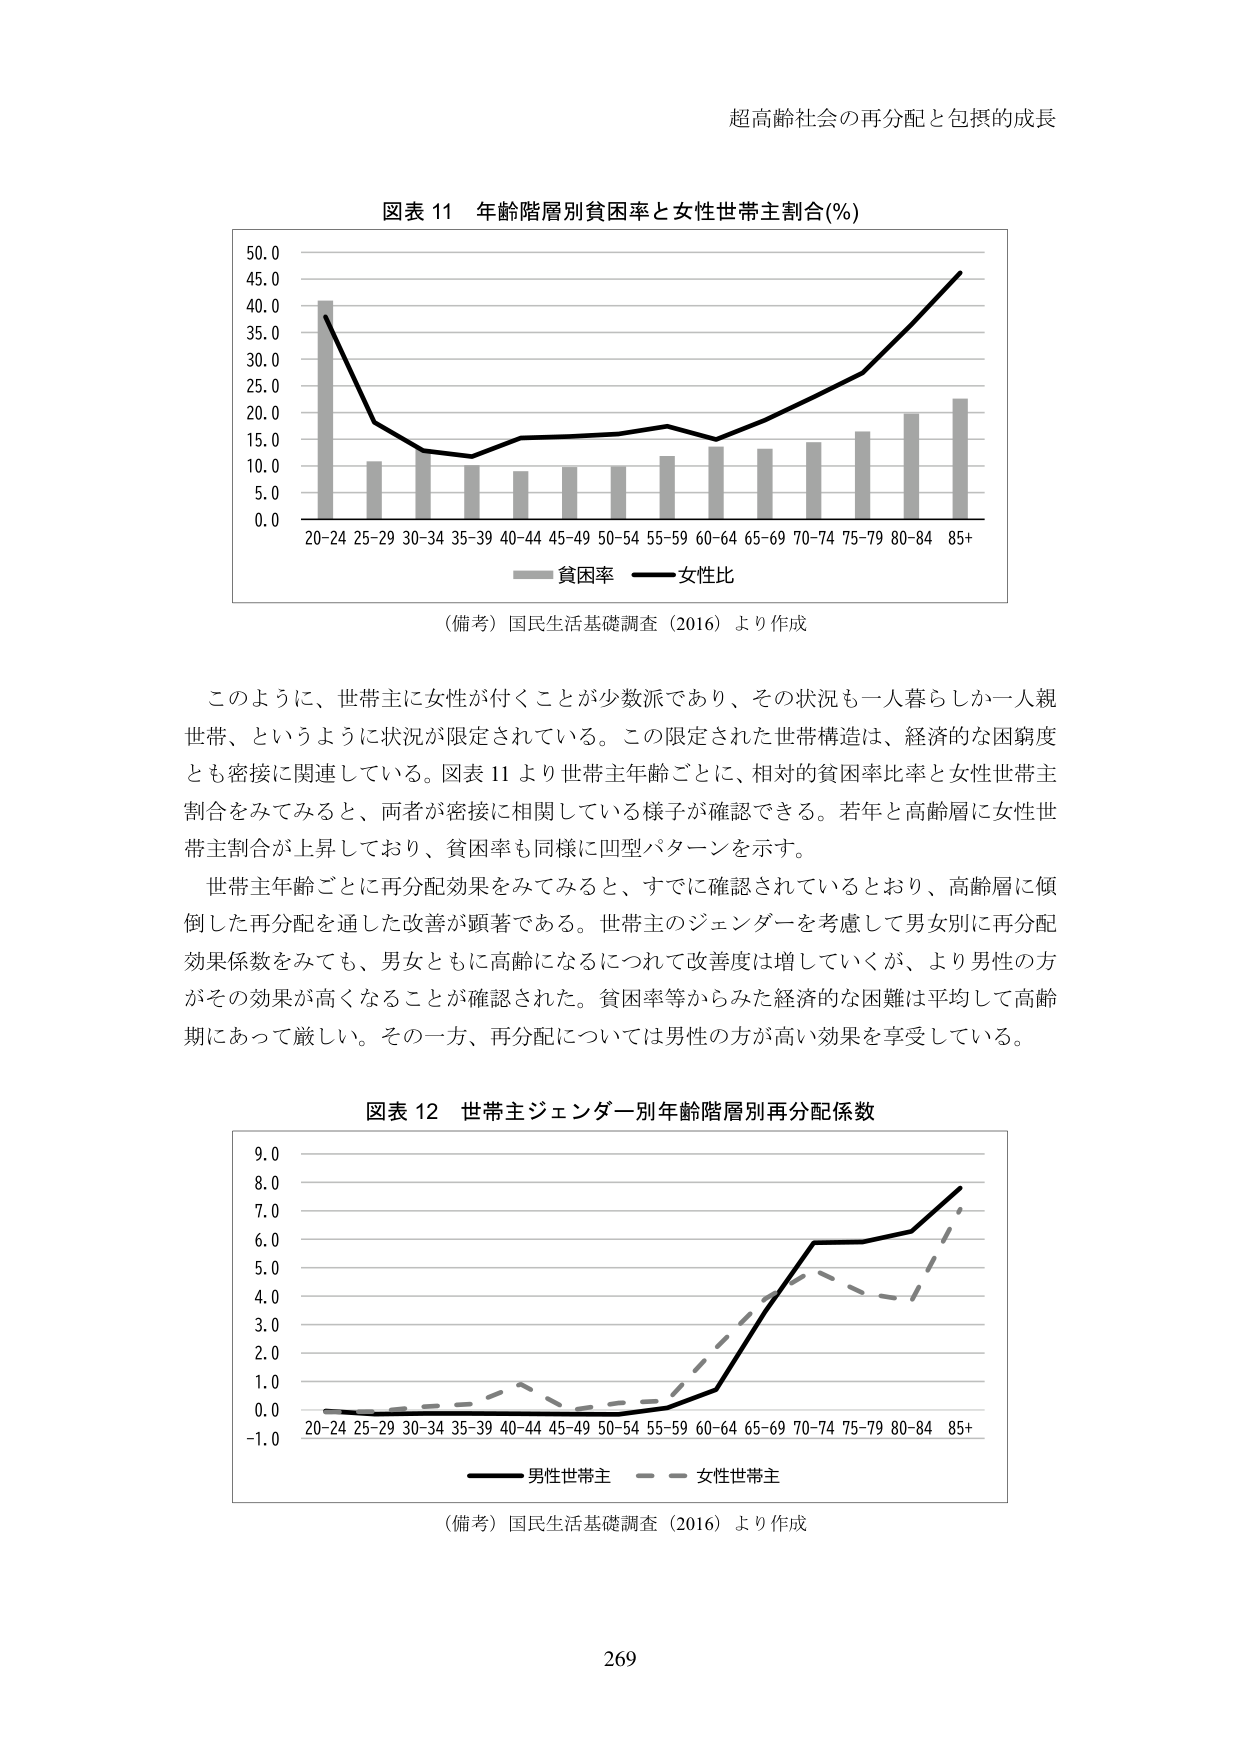
超高齢社会の再分配と包摂的成長

図表 11 年齢階層別貧困率と女性世帯主割合(%)
50.0
45.0
40.0
35.0
30.0
25.0
20.0
15.0
10.0
5.0
0.0
20-24 25-29 30-34 35-39 40-44 45-49 50-54 55-59 60-64 65-69 70-74 75-79 80-84 85+
―― 貧困率 —— 女性比
（備考）国民生活基礎調査（2016）より作成

このように、世帯主に女性が付くことが少数派であり、その状況も一人暮らししか一人親世帯、というように状況が限定されている。この限定された世帯構造は、経済的な困窮度とも密接に関連している。図表 11 より世帯主年齢ごとに、相対的貧困率比率と女性世帯主割合をみてみると、両者が密接に相関している様子が確認できる。若年と高齢層に女性世帯主割合が上昇しており、貧困率も同様に凹型パターンを示す。
世帯主年齢ごとに再分配効果をみてみると、すでに確認されているとおり、高齢層に傾倒した再分配を通した改善が顕著である。世帯主のジェンダーを考慮して男女別に再分配効果係数をみても、男女ともに高齢になるにつれて改善度は増していくが、より男性の方がその効果が高くなることが確認された。貧困率等からみた経済的な困難は平均して高齢期にあって厳しい。その一方、再分配については男性の方が高い効果を享受している。

図表 12 世帯主ジェンダー別年齢階層別再分配係数
9.0
8.0
7.0
6.0
5.0
4.0
3.0
2.0
1.0
0.0
-1.0
20-24 25-29 30-34 35-39 40-44 45-49 50-54 55-59 60-64 65-69 70-74 75-79 80-84 85+
―― 男性世帯主 —— 女性世帯主
（備考）国民生活基礎調査（2016）より作成

269